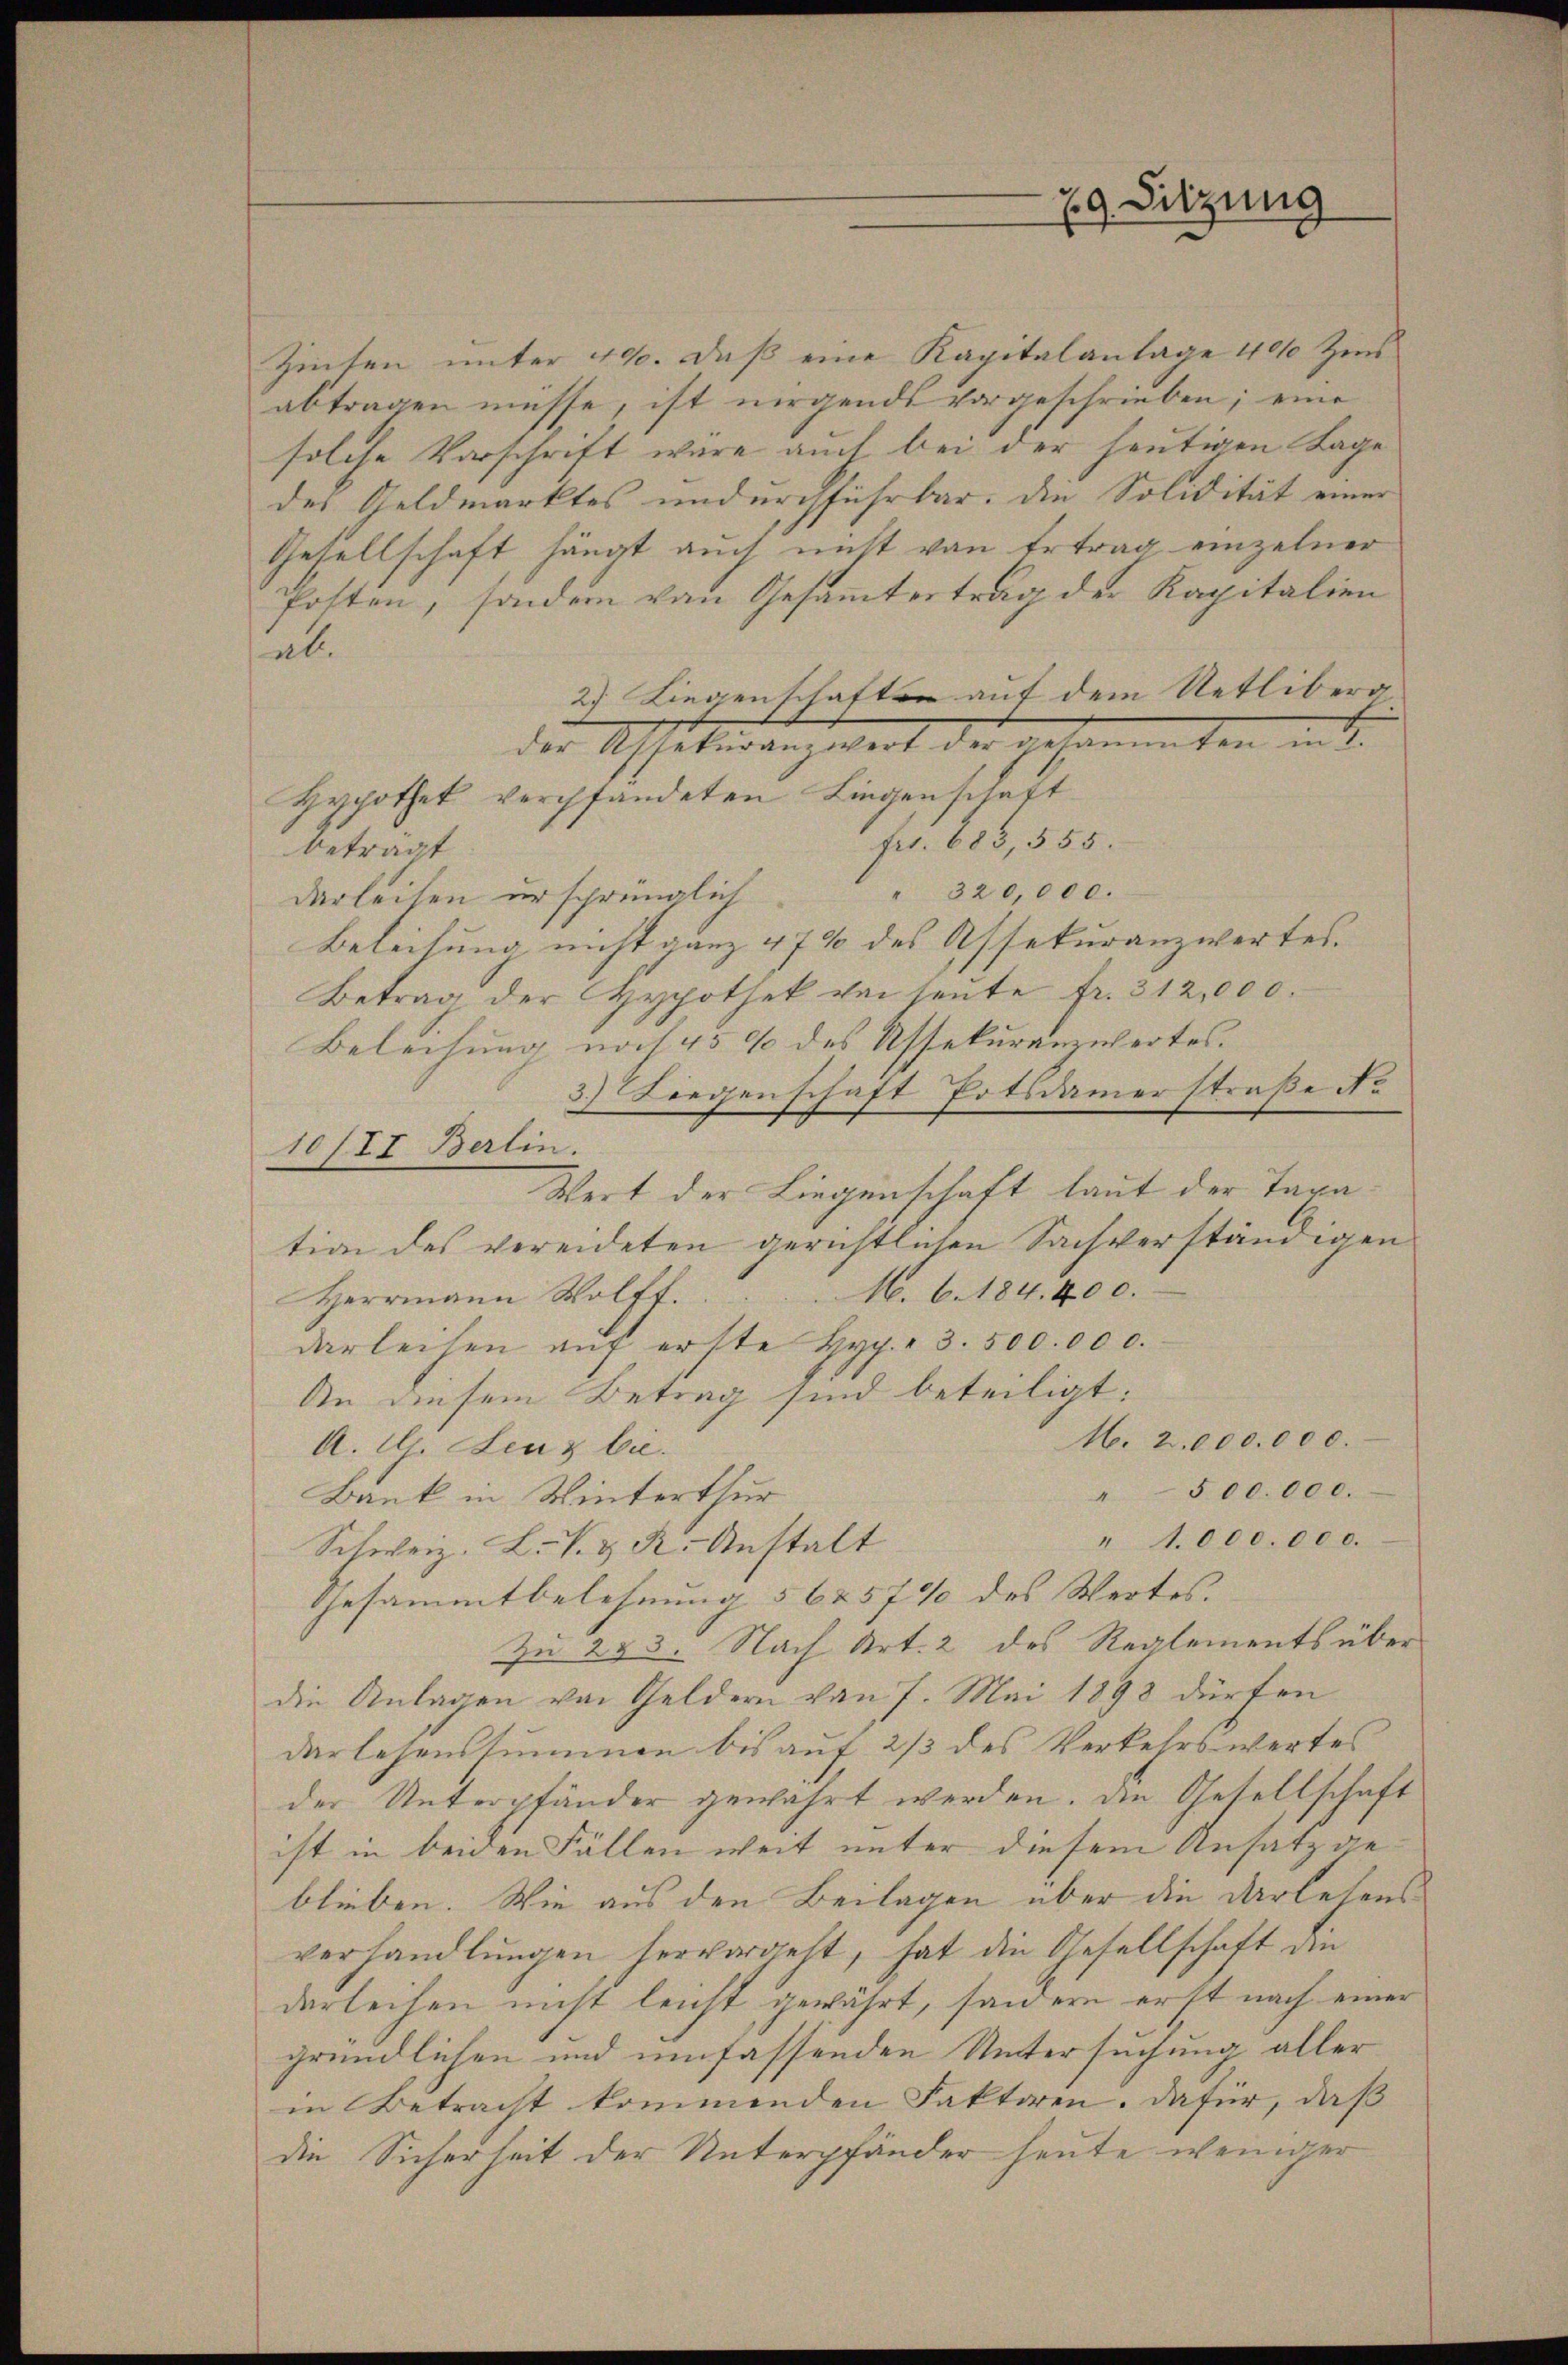
Zinsen unter 400. daß eine Kapitalantage 400 Zins
abtragen müsse, ist nirgends vorgeschrieben; eine
solche Vorschrift wäre auch bei der heutigen Lage
des Geldmarktes undurchführbar. die Solidität einer
Gesellschaft, hängt auch nicht von Ertrag einzelner
Posten, sondern von Gesammtertrag der Kapitalien
ab.
2) Liegenschaften auf dem Uetliber |
der Assekuranzwert der gesammten in I.
Hypothek verpfandeten Liegenschaft
Fr. 685, 555.
beträgt
" 320000.
darleisen ursprünglich
Beleitung nicht ganz 47% des Assekuranzwertes.
Betrag der Hypothek von heute fr. 312,000.
Beleihung noch 45 % des Assekuranzwertes.
3.) Liegenschaft Potsdamerstraße Nr
Wert der Liegenschaft laut der Taxation des vereideten gerichtlichen Sachverständigen
M. 6. 184. 400.
Herrmann Wolff.
darleihen aŭf erste Hyp. - 3. 500.000.
An diesem Betrag sind beteiligt:
M. 2.000.000.
A. G. Lenz bie
" 500.000.
Bank in Winterthur
" 1.000.000.
Schweiz. L. K. K. Anstalt
Gesammtbelehnung § 6257% des Wertes. |
Zu 283. Nach Art. 2 des Reglements über
die Anlagen von Geldern von 7. Mai 1898 dürfen
darlesenssummen bis auf 2/3 des Verkehrswertes
der Unterpfänder gewährt werden. Die Gesellschaft
ist in beiden Fällen weit unter diesem Ansatzgeblieben. Wie aus den Beilagen über die darlehens
verhandlungen hervorgeht, hat die Gesellschaft die
derleihen nicht leicht gewährt, sondern erst nach einer
gründlichen und umfassenden Untersuchung aller
in Betracht kommenden Faktoren. Dafür, daß
die Sicherheit der Unterpfänder heute weniger

10/71 Berlin.

29. Sitzung